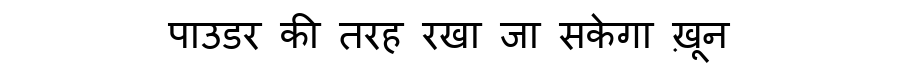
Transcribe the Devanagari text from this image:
पाउडर की तरह रखा जा सकेगा ख़ून